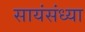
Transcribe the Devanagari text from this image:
सायंसंध्या